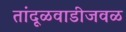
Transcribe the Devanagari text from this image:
तांदूळवाडीजवळ